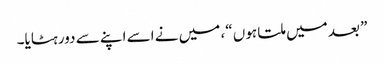
” بعد میں ملتا ہوں “، میں نے اسے اپنے سے دور ہٹایا۔